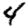
Digit: 4